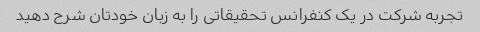
تجربه شرکت در یک کنفرانس تحقیقاتی را به زبان خودتان شرح دهید